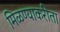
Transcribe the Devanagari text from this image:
मिळण्याकरीता